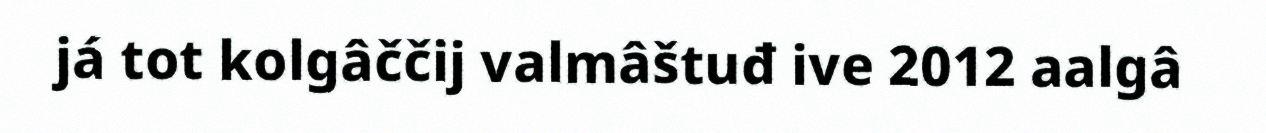
já tot kolgâččij valmâštuđ ive 2012 aalgâ